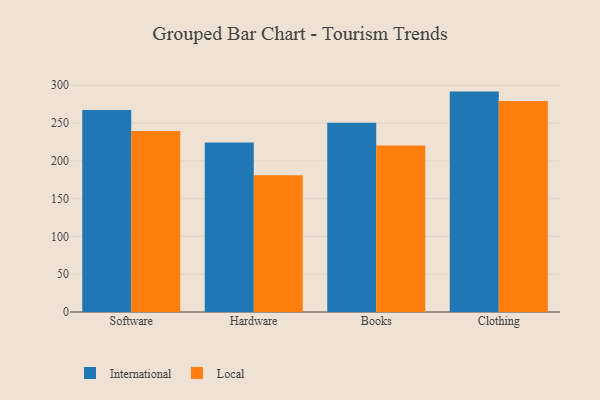
{"axis": {"x": "Category", "y": "Net Income (USD K)"}, "legend": ["International", "Local"], "data": [{"x": "Software", "y": 267.2, "type": "International"}, {"x": "Software", "y": 239.6, "type": "Local"}, {"x": "Hardware", "y": 224.3, "type": "International"}, {"x": "Hardware", "y": 180.8, "type": "Local"}, {"x": "Books", "y": 250.5, "type": "International"}, {"x": "Books", "y": 220.4, "type": "Local"}, {"x": "Clothing", "y": 291.6, "type": "International"}, {"x": "Clothing", "y": 279.0, "type": "Local"}]}